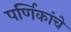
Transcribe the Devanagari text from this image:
पर्णिकांचे